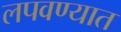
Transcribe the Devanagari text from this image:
लपवण्यात